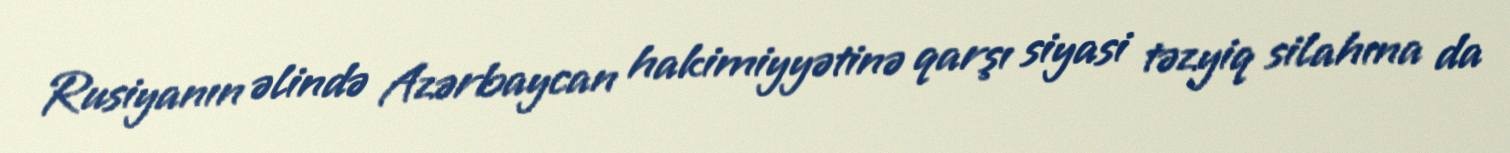
Rusiyanın əlində Azərbaycan hakimiyyətinə qarşı siyasi təzyiq silahına da